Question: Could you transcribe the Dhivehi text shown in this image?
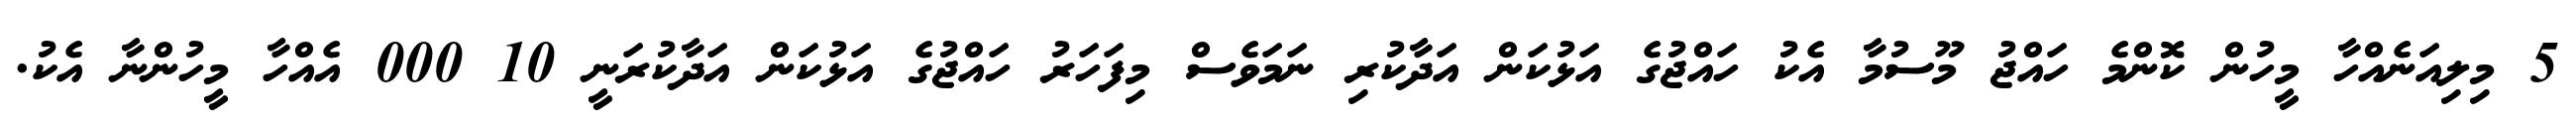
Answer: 5 މިލިއަނެއްހާ މީހުން ކޮންމެ ހައްޖު މޫސުމާ އެކު ހައްޖުގެ އަޅުކަން އަދާކުރި ނަމަވެސް މިފަހަރު ހައްޖުގެ އަޅުކަން އަދާކުރަނީ 10 000 އެއްހާ މީހުންނާ އެކު.